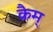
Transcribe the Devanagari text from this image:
क्रैम्